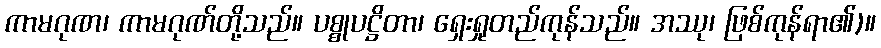
ကာမဂုဏ၊ ကာမဂုဏ်တို့သည်။ ပစ္စုပဋ္ဌိတာ၊ ရှေးရှုတည်ကုန်သည်။ အဿု၊ ဖြစ်ကုန်ရာ၏)။